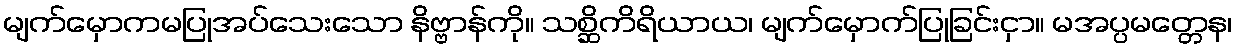
မျက်မှောကမပြုအပ်သေးသော နိဗ္ဗာန်ကို။ သစ္ဆိကိရိယာယ၊ မျက်မှောက်ပြုခြင်းငှာ။ မအပ္ပမတ္တေန၊